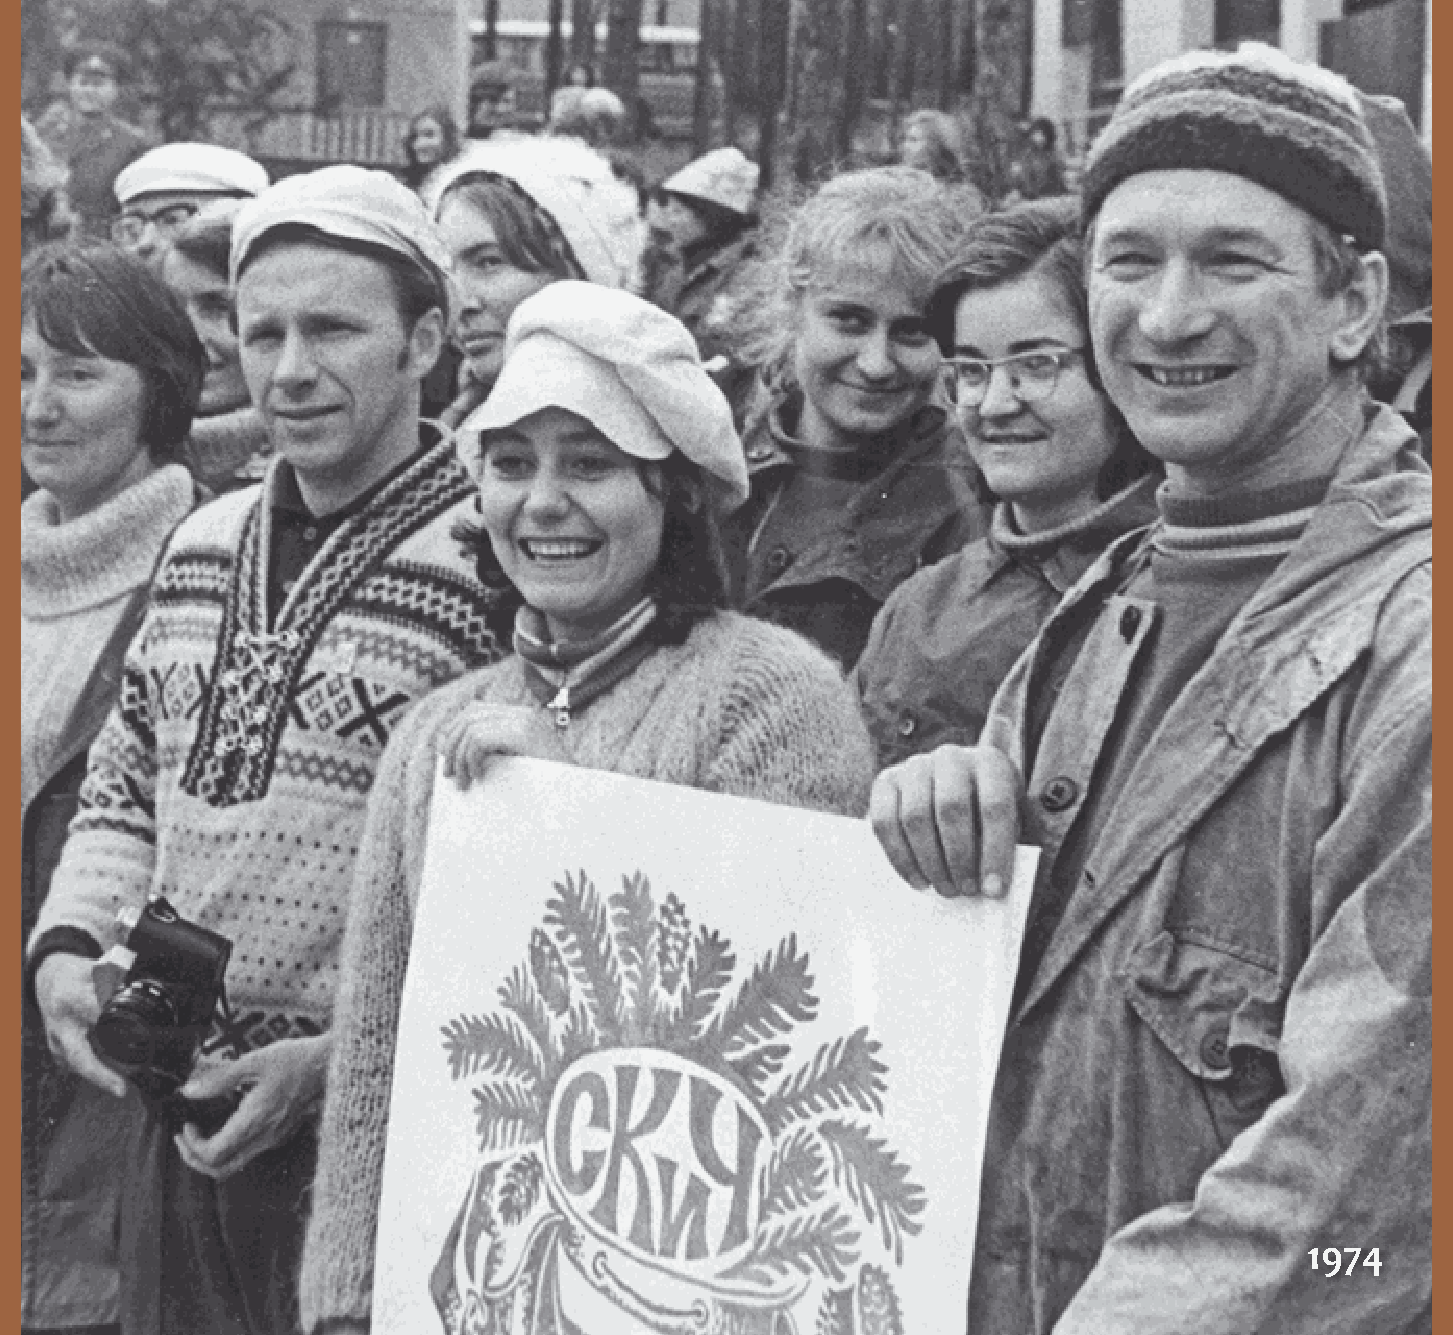
586          ИЛЬМЕНСКИЙ ФЕСТИВАЛЬ                                 ЛАУРЕАТЫ              587
 1974